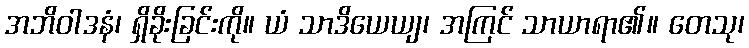
အဘိဝါဒနံ၊ ရှိခိုးခြင်းကို။ ယံ သာဒိယေယျ၊ အကြင် သာယာရာ၏။ တေသု၊